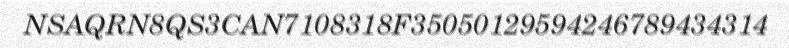
NSAQRN8QS3CAN7108318F35050129594246789434314